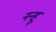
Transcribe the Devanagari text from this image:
नन्हू